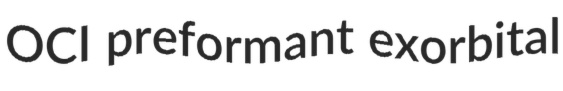
OCI preformant exorbital